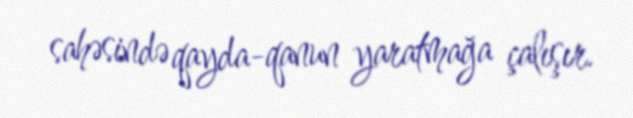
sahəsində qayda-qanun yaratmağa çalışır.